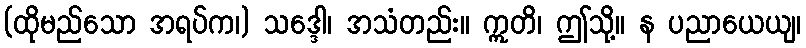
(ထိုမည်သော အရပ်က၊) သဒ္ဒေါ၊ အသံတည်း။ ဣတိ၊ ဤသို့။ န ပညာယေယျ၊